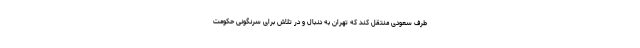
طرف سعودی منتقل کند که تهران به دنبال و در تلاش برای سرنگونی حکومت